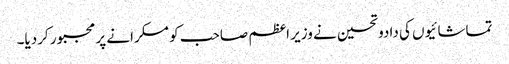
تماشائیوں کی دادوتحسین نے وزیر اعظم صاحب کو مسکرانے پر مجبور کردیا۔